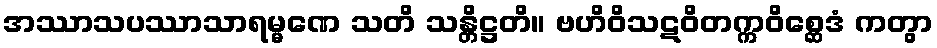
အဿာသပဿာသာရမ္မဏေ သတိ သန္တိဋ္ဌတိ။ ဗဟိဝိသဋဝိတက္ကဝိစ္ဆေဒံ ကတွာ